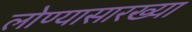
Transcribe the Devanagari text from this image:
लोण्यासारख्या